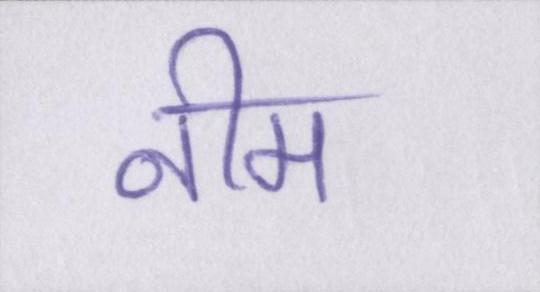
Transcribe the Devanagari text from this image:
नीम